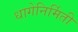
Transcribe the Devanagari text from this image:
धागेनिर्मिती